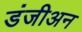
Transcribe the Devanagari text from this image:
डंजीअन